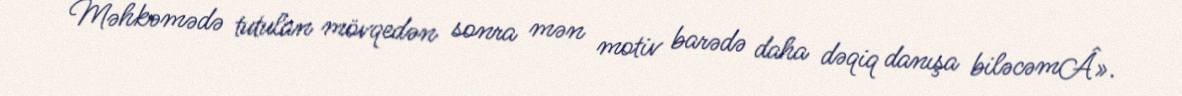
Məhkəmədə tutulan mövqedən sonra mən motiv barədə daha dəqiq danışa biləcəmÂ».